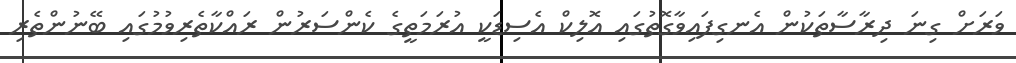
ވަރަށް ގިނަ ދިރާސާތަކުން އެނގިފައިވާގޮތުގައި އޮލިކް އެސިޑަކީ އުރަމަތީގެ ކެންސަރުން ރައްކާތެރިވުމުގައި ބޭނުންތެރި